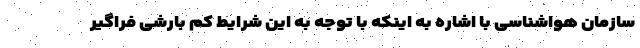
سازمان هواشناسی با اشاره به اینکه با توجه به این شرایط کم بارشی فراگیر